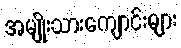
အမျိုးသားကျောင်းများ